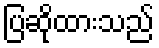
ပြဆိုထားသည်